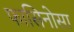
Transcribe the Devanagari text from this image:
फासिनोसा